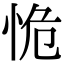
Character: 恑